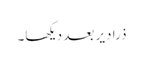
ذرا دیر بعد دیکھا۔